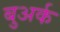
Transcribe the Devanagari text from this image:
बुअर्क